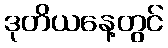
ဒုတိယနေ့တွင်